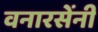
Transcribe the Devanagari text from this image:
वनारसेंनी